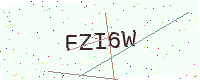
Text: FZI6W